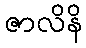
ဇာလိနိ